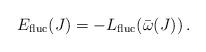
LaTeX: \begin{align*}E_{{\rm fluc}}(J) = - L_{{\rm fluc}}(\bar\omega(J)) \,.\end{align*}